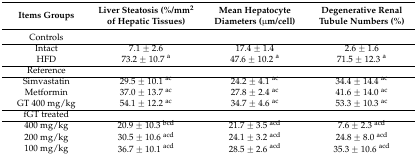
| Items Groups | Liver Steatosis (%/mm2 of Hepatic Tissues) | Mean Hepatocyte Diameters (μm/cell) | Degenerative Renal Tubule Numbers (%) |
 | --- | --- | --- | --- |
 | Controls |  |  |  |
 | Intact | 7.1 ± 2.6 | 17.4 ± 1.4 | 2.6 ± 1.6 |
 | HFD | 73.2 ± 10.7 a | 47.6 ± 10.2 a | 71.5 ± 12.3 a |
 | Reference |  |  |  |
 | Simvastatin | 29.5 ± 10.1 ac | 24.2 ± 4.1 ac | 34.4 ± 14.4 ac |
 | Metformin | 37.0 ± 13.7 ac | 27.8 ± 2.4 ac | 41.6 ± 14.0 ac |
 | GT 400 mg/kg | 54.1 ± 12.2 ac | 34.7 ± 4.6 ac | 53.3 ± 10.3 ac |
 | fGT treated |  |  |  |
 | 400 mg/kg | 20.9 ± 10.3 bcd | 21.7 ± 3.5 acd | 7.6 ± 2.3 acd |
 | 200 mg/kg | 30.5 ± 10.6 acd | 24.1 ± 3.2 acd | 24.8 ± 8.0 acd |
 | 100 mg/kg | 36.7 ± 10.1 acd | 28.5 ± 2.6 acd | 35.3 ± 10.6 acd |